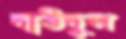
দাউদুল